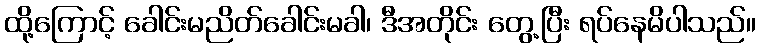
ထို့ကြောင့် ခေါင်းမညိတ်ခေါင်းမခါ၊ ဒီအတိုင်း တွေ့ပြီး ရပ်နေမိပါသည်။